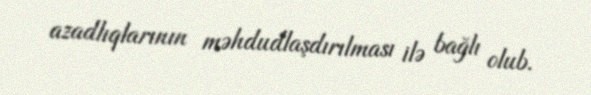
azadlıqlarının məhdudlaşdırılması ilə bağlı olub.